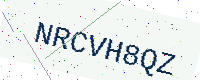
Text: NRCVH8QZ